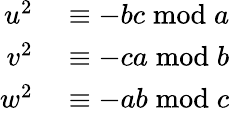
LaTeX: \begin{array}{rl}{u^{2}}&{{}\equiv-bc{\bmod{a}}}\\ {v^{2}}&{{}\equiv-ca{\bmod{b}}}\\ {w^{2}}&{{}\equiv-ab{\bmod{c}}}\end{array}